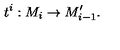
t ^ { i } : M _ { i } \rightarrow M _ { i - 1 } ^ { \prime } .